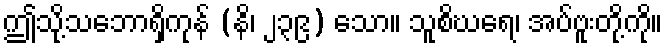
ဤသို့သဘောရှိကုန် (နိ၊ ၂၃၉) သော။ သူစိဃရေ၊ အပ်ဗူးတို့ကို။